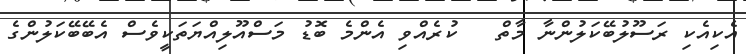
އެކިއެކި ރަސޫލުބޭކަލުންނާ މާތް   ކުރެއްވި އެންމެ ބޮޑު މަސްއޫލިއްޔަތަކީވެސް އެބޭބޭކަލުންގެ